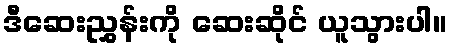
ဒီဆေးညွှန်းကို ဆေးဆိုင် ယူသွားပါ။